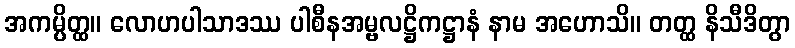
အကမ္ပိတ္ထ။ လောဟပါသာဒဿ ပါစီနအမ္ဗလဋ္ဌိကဋ္ဌာနံ နာမ အဟောသိ။ တတ္ထ နိသီဒိတွာ